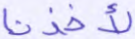
لأخذنا